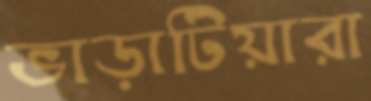
ভাড়াটিয়ারা